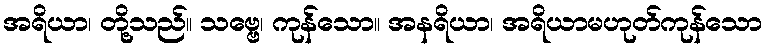
အရိယာ၊ တို့သည်။ သဗ္ဗေ၊ ကုန်သော။ အနရိယာ၊ အရိယာမဟုတ်ကုန်သော